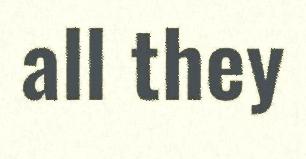
all they